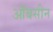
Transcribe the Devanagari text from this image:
ऑबसीन